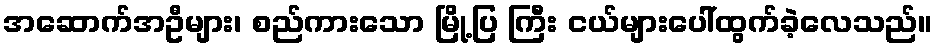
အဆောက်အဦများ၊ စည်ကားသော မြို့ပြ ကြီး ငယ်များပေါ်ထွက်ခဲ့လေသည်။